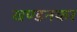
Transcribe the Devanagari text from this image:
खण्डनकर